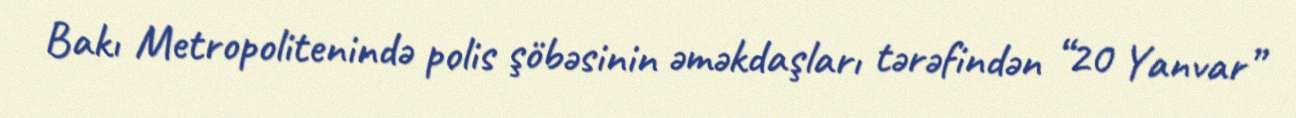
Bakı Metropolitenində polis şöbəsinin əməkdaşları tərəfindən “20 Yanvar”